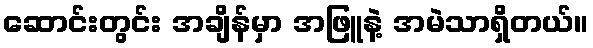
ဆောင်းတွင်း အချိန်မှာ အဖြူနဲ့ အမဲသာရှိတယ်။